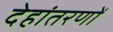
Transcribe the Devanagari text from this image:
देहांतरणों